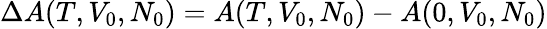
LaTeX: \Delta A(T,V_{0},N_{0})=A(T,V_{0},N_{0})-A(0,V_{0},N_{0})